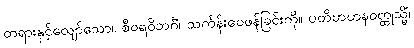
တရားနှင့်လျော်သော။ စီဝရဝိဘင်္ဂံ၊ သင်္ကန်းဝေဖန်ခြင်းကို။ ပတိဗာဟနဝတ္ထုသ္မိံ၊